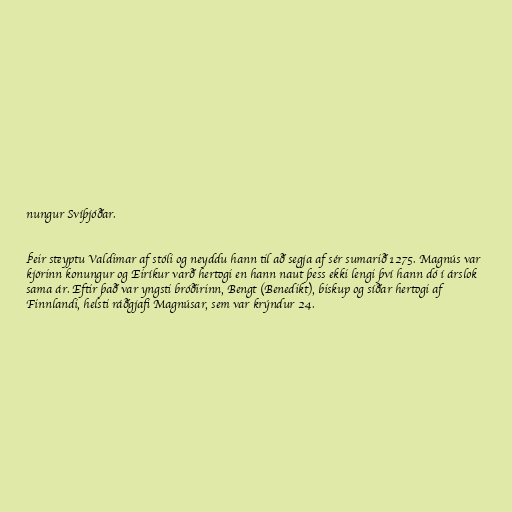
nungur Svíþjóðar.

Þeir steyptu Valdimar af stóli og neyddu hann til að segja af sér sumarið 1275. Magnús var
kjörinn konungur og Eiríkur varð hertogi en hann naut þess ekki lengi því hann dó í árslok
sama ár. Eftir það var yngsti bróðirinn, Bengt (Benedikt), biskup og síðar hertogi af
Finnlandi, helsti ráðgjafi Magnúsar, sem var krýndur 24.